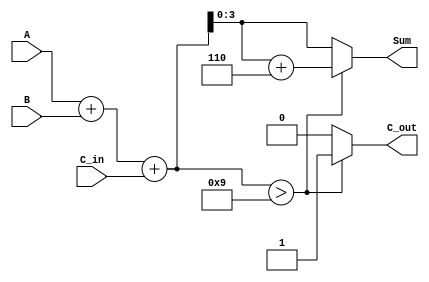
module BCD_LUT_Adder (
    input  wire [3:0] A,       // BCD input A
    input  wire [3:0] B,       // BCD input B
    input  wire C_in,          // Carry-in
    output reg  [3:0] Sum,     // BCD output Sum
    output reg  C_out          // Carry-out
);

    // Intermediate wire for binary sum
    wire [4:0] S;              // 5-bit sum to accommodate carry
    wire [4:0] corrected_sum;  // Corrected sum if needed

    // Binary addition of A, B, and carry-in
    assign S = A + B + C_in;

    // Look-Up Table for BCD correction
    always @(*) begin
        if (S > 9) begin
            // If sum exceeds 9, apply correction by adding 6 (0110)
            corrected_sum = S + 5'b00110;  // 6 in binary
            C_out = 1;                     // Set carry-out
        end else begin
            corrected_sum = S;             // No correction needed
            C_out = 0;                     // Clear carry-out
        end
        
        // Assign the lower 4 bits to Sum
        Sum = corrected_sum[3:0];         // Only take the lower 4 bits
    end

endmodule